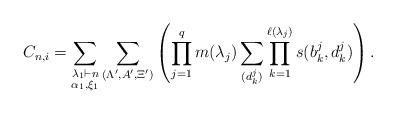
LaTeX: \begin{align*}C_{n,i}= \sum \limits_{\substack{ \lambda_1 \vdash n \\ \alpha_1, \xi_1}}\sum\limits_{(\Lambda^{\prime}, A^{\prime}, \Xi^{\prime})} \left (\prod_{j=1}^q m(\lambda_j) \sum \limits_{(d^j_k)} \prod \limits_{k=1}^{\ell(\lambda_j)} s(b_k^j , d_k^j) \right ). \end{align*}